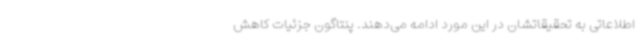
اطلاعاتی به تحقیقاتشان در این مورد ادامه می‌دهند. پنتاگون جزئیات کاهش